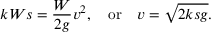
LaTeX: k W s = { \frac { W } { 2 g } } v ^ { 2 } , \quad { \mathrm { o r } } \quad v = { \sqrt { 2 k s g } } .